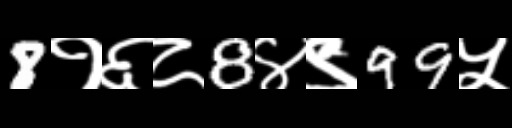
Text: 8१६८8४९99५